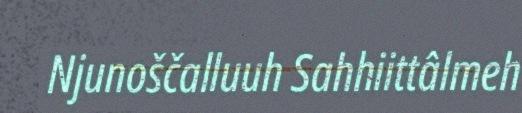
Njunoščalluuh Sahhiittâlmeh